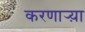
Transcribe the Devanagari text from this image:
करणार्‍य़ा